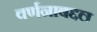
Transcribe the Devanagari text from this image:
वर्णनाबद्दल